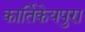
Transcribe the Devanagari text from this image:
कार्तिकेयपुरा